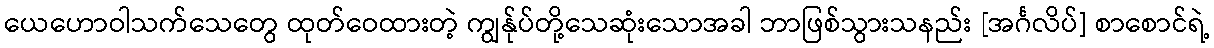
ယေဟောဝါသက်သေတွေ ထုတ်ဝေထားတဲ့ ကျွန်ုပ်တို့သေဆုံးသောအခါ ဘာဖြစ်သွားသနည်း [အင်္ဂလိပ်] စာစောင်ရဲ့